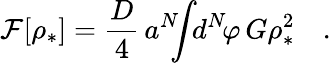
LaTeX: {\cal F}[\rho_{*}]={\frac{D}{4}}\, a^{N}\! \! \! \int\! \! d^{N}\! \varphi\, G\rho_{*}^{2}\quad.